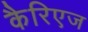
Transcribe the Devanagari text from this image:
कैरिएज